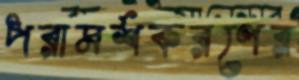
পরামর্শকরণের